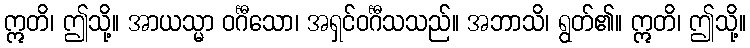
ဣတိ၊ ဤသို့။ အာယသ္မာ ဝင်္ဂီသော၊ အရှင်ဝင်္ဂီသသည်။ အဘာသိ၊ ရွတ်၏။ ဣတိ၊ ဤသို့။